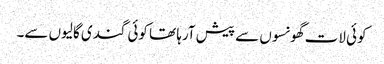
کوئی لات گھونسوں سے پیش آرہا تھا کوئی گندی گالیوں سے۔